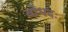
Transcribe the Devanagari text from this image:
बोधदः